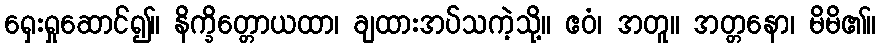
ရှေးရှုဆောင်၍။ နိက္ခိတ္တောယထာ၊ ချထားအပ်သကဲ့သို့။ ဧဝံ၊ အတူ။ အတ္တနော၊ မိမိ၏။